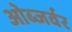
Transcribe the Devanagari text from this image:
ओब्जर्वर